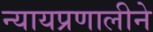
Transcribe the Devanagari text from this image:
न्यायप्रणालीने